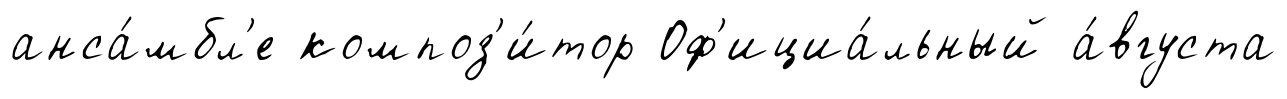
анса́мбл'е композ'и́тор Оф'ициа́льный а́вгуста